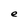
Character: e